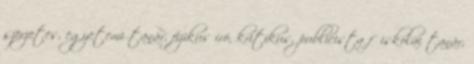
szerzetes, egyetemi tanár, fizikus író, kritikus, publicista főiskolai tanár,